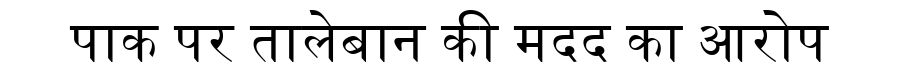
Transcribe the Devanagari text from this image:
पाक पर तालेबान की मदद का आरोप